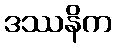
ဒဿနိက